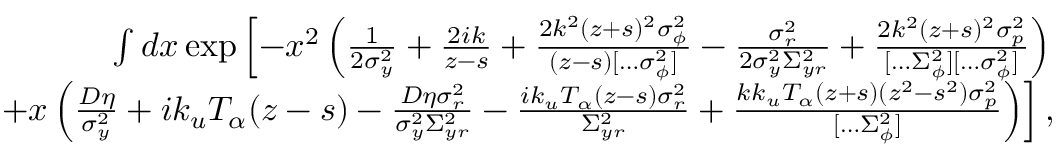
\begin{array} { r l r } & { } & { \int d x \exp \left[ - x ^ { 2 } \left( \frac { 1 } { 2 \sigma _ { y } ^ { 2 } } + \frac { 2 i k } { z - s } + \frac { 2 k ^ { 2 } ( z + s ) ^ { 2 } \sigma _ { \phi } ^ { 2 } } { ( z - s ) [ \hdots \sigma _ { \phi } ^ { 2 } ] } - \frac { \sigma _ { r } ^ { 2 } } { 2 \sigma _ { y } ^ { 2 } \Sigma _ { y r } ^ { 2 } } + \frac { 2 k ^ { 2 } ( z + s ) ^ { 2 } \sigma _ { p } ^ { 2 } } { [ \hdots \Sigma _ { \phi } ^ { 2 } ] [ \hdots \sigma _ { \phi } ^ { 2 } ] } \right) \right. } \\ & { } & { \qquad \left. + x \left( \frac { D \eta } { \sigma _ { y } ^ { 2 } } + i k _ { u } T _ { \alpha } ( z - s ) - \frac { D \eta \sigma _ { r } ^ { 2 } } { \sigma _ { y } ^ { 2 } \Sigma _ { y r } ^ { 2 } } - \frac { i k _ { u } T _ { \alpha } ( z - s ) \sigma _ { r } ^ { 2 } } { \Sigma _ { y r } ^ { 2 } } + \frac { k k _ { u } T _ { \alpha } ( z + s ) ( z ^ { 2 } - s ^ { 2 } ) \sigma _ { p } ^ { 2 } } { [ \hdots \Sigma _ { \phi } ^ { 2 } ] } \right) \right] , } \end{array}